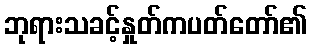
ဘုရားသခင့်နှုတ်ကပတ်တော်၏